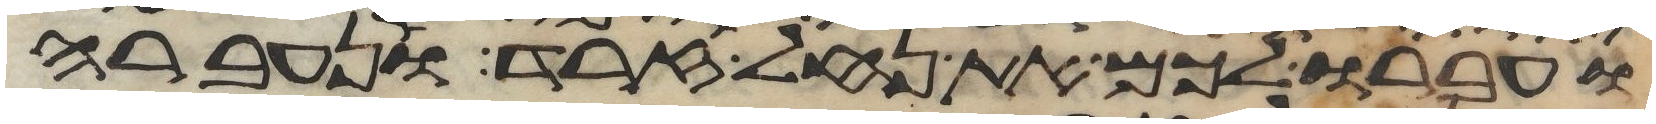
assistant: ועברו לכם את נחל זרד ונעברה